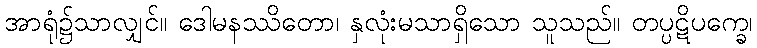
အာရုံ၌သာလျှင်။ ဒေါမနဿိတော၊ နှလုံးမသာရှိသော သူသည်။ တပ္ပဋိပက္ခေ၊